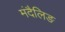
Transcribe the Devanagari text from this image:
मंदैलिङ